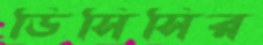
ডিসিসির